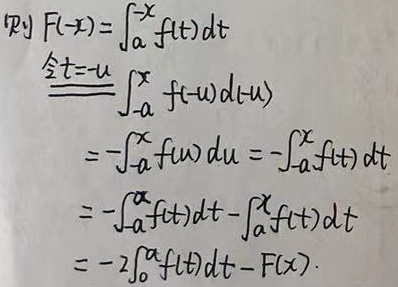
证明：
\[
\begin{align*}
F(-x)&=\int_{a}^{-x}f(t)dt\\
&\xlongequal{\text{令}t = -u}\int_{-a}^{x}f(-u)d(-u)\\
&=-\int_{-a}^{x}f(u)du\\
&=-\int_{-a}^{x}f(t)dt\\
&=-\int_{-a}^{a}f(t)dt-\int_{a}^{x}f(t)dt\\
&=-2\int_{0}^{a}f(t)dt - F(x)
\end{align*}
\]